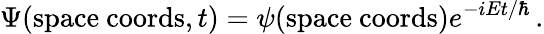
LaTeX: \Psi({\mathrm{space~coords}},t)=\psi({\mathrm{space~coords}})e^{-i{Et/\hbar}}\, .